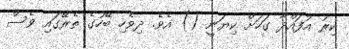
ކިރު އުފައްދާ ގަހަށް ކިޔަނީ () އެވެ. ދިވެހި ބޭހުގެ ތެރޭގައި ވެސް